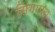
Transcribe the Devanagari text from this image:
सिंगापूरा